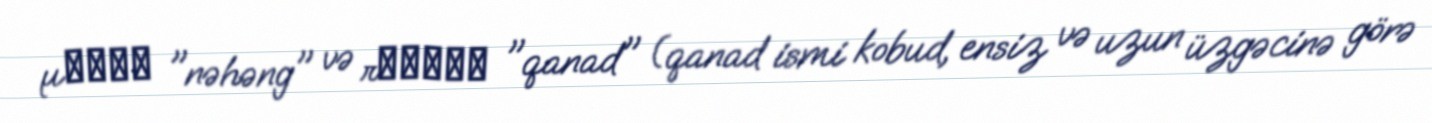
μέγας "nəhəng" və πτερόν "qanad" (qanad ismi kobud, ensiz və uzun üzgəcinə görə